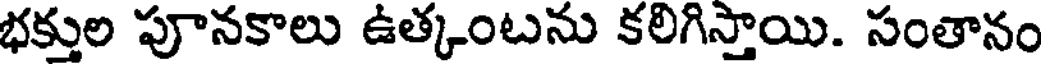
భక్తుల పూనకాలు ఉత్కంటను కలిగిస్తాయి. సంతానం